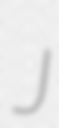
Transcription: J